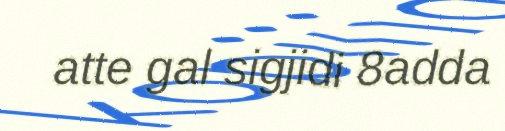
atte gal sigjidi 8adda